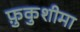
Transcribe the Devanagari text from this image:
फ़ुकुशीमा